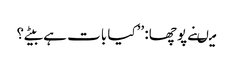
میںنے پوچھا: ’’کیا بات ہے بیٹے؟